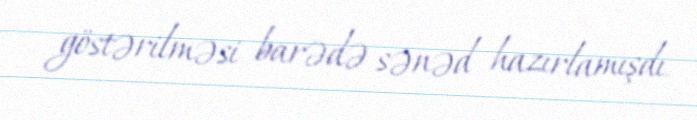
göstərilməsi barədə sənəd hazırlamışdı.